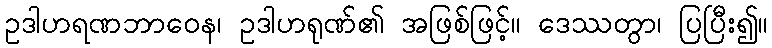
ဥဒါဟရဏဘာဝေန၊ ဥဒါဟရုဏ်၏ အဖြစ်ဖြင့်။ ဒေဿတွာ၊ ပြပြီး၍။